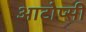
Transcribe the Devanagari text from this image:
आटोप्सी